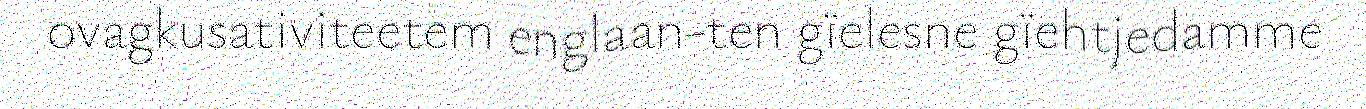
ovagkusativiteetem englaan-ten gïelesne gïehtjedamme